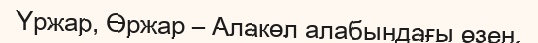
Үржар, Өржар – Алакөл алабындағы өзен.